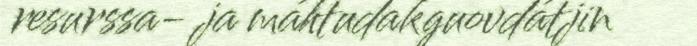
resurssa- ja máhtudakguovdátjin